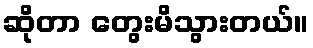
ဆိုတာ တွေးမိသွားတယ်။